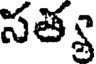
సత్య